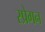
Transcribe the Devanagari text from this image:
स्प्रेगन